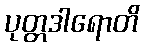
ပုတ္တဒါရောတိ